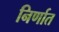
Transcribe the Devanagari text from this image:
निर्णात